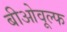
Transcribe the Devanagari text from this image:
बीओवूल्फ